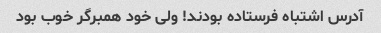
آدرس اشتباه فرستاده بودند! ولی خود همبرگر خوب بود